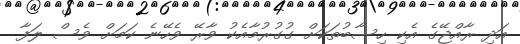
އަދި ރާއްޖޭގެ އެކި ހިސާބުތަކަށް ގުގުރުމާއެކު ވާރޭ ވެހޭނެ ކަމަށް ވެސް ލަފާ